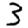
Digit: 3